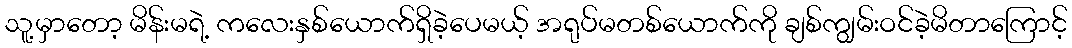
သူ့မှာတော့ မိန်းမရဲ့ ကလေးနှစ်ယောက်ရှိခဲ့ပေမယ့် အရုပ်မတစ်ယောက်ကို ချစ်ကျွမ်းဝင်ခဲ့မိတာကြောင့်